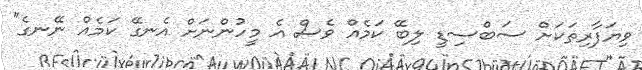
ވިޔަފާރިތަކަށް ސަބްސިޑީ ލިބޭ ކަމެއް ވެސް އެ މީހުންނަށް އެނގޭ ކަމެއް ނޭނގެ"